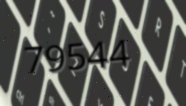
79544